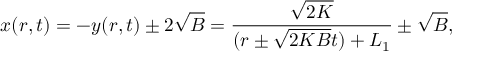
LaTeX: x ( r , t ) = - y ( r , t ) \pm 2 \sqrt { B } = \frac { \sqrt { 2 K } } { ( r \pm \sqrt { 2 K B } t ) + L _ { 1 } } \pm \sqrt { B } ,